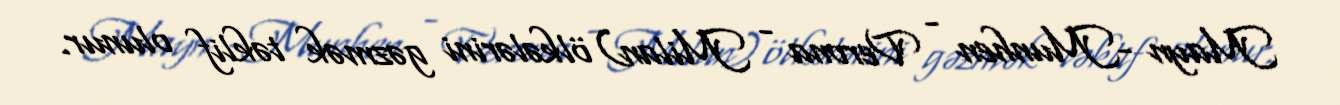
Mayn -Munhen - Verona - Milan) ölkələrini gəzmək təklif olunur.